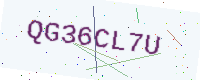
Text: QG36CL7U